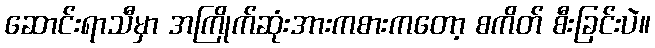
ဆောင်းရာသီမှာ အကြိုက်ဆုံးအားကစားကတော့ စကိတ် စီးခြင်းပဲ။